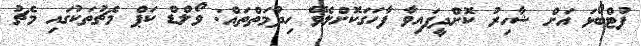
ފުޓްބޯޅަ އަށް ޝާހިރު ކޮށްދީފައިވާ ފާހަގަކޮށްލެވޭ ހިދުމަތްތައް: ވޯލްޑް ކަޕް މެޗުތަކުގައި މެޗު